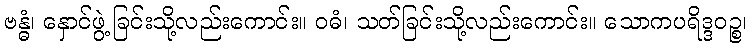
ဗန္ဓံ၊ နှောင်ဖွဲ့ခြင်းသို့လည်းကောင်း။ ဝဓံ၊ သတ်ခြင်းသို့လည်းကောင်း။ သောကပရိဒ္ဒဝဉ္စ၊